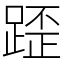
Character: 𨂿